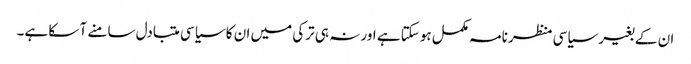
ان کے بغیر سیاسی منظرنامہ مکمل ہوسکتا ہے اور نہ ہی ترکی میں ان کا سیاسی متبادل سامنے آ سکا ہے۔